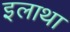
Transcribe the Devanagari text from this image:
इलाथा